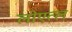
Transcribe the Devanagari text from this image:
लोएत्ल